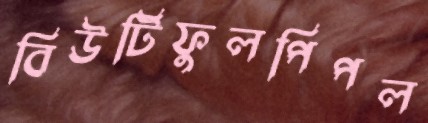
বিউটিফুলপিপল